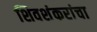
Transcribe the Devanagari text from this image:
शिवशंकरांचा